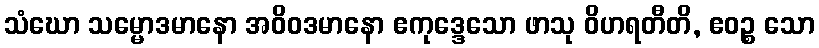
သံဃော သမ္မောဒမာနော အဝိဝဒမာနော ဧကုဒ္ဒေသော ဖာသု ဝိဟရတီတိ, ဧဝဉ္စ သော